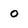
Character: o